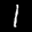
Label: 1